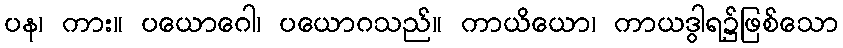
ပန၊ ကား။ ပယောဂေါ၊ ပယောဂသည်။ ကာယိယော၊ ကာယဒွါရ၌ဖြစ်သော